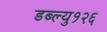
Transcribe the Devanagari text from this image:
डब्ल्यु१२६